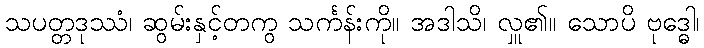
သပတ္တဒုဿံ၊ ဆွမ်းနှင့်တကွ သင်္ကန်းကို။ အဒါသိ၊ လှူ၏။ သောပိ ဗုဒ္ဓေါ၊